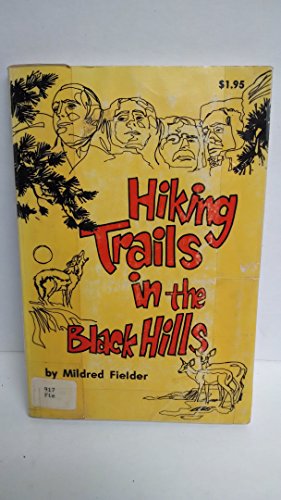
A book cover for Hiking Trails in the Black Hills; Mildred Fielder; Travel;